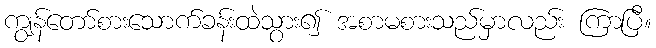
ကျွန်တော်စားသောက်ခန်းထဲသွား၍ အစာမစားသည်မှာလည်း ကြာပြီ။